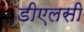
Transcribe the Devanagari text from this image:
डीएलसी